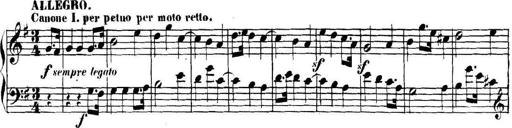
Title: Collected Piano Sonatas
Composer: Muzio Clementi